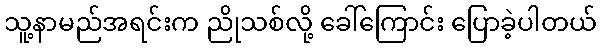
သူ့နာမည်အရင်းက ညိုသစ်လို့ ခေါ်ကြောင်း ပြောခဲ့ပါတယ်